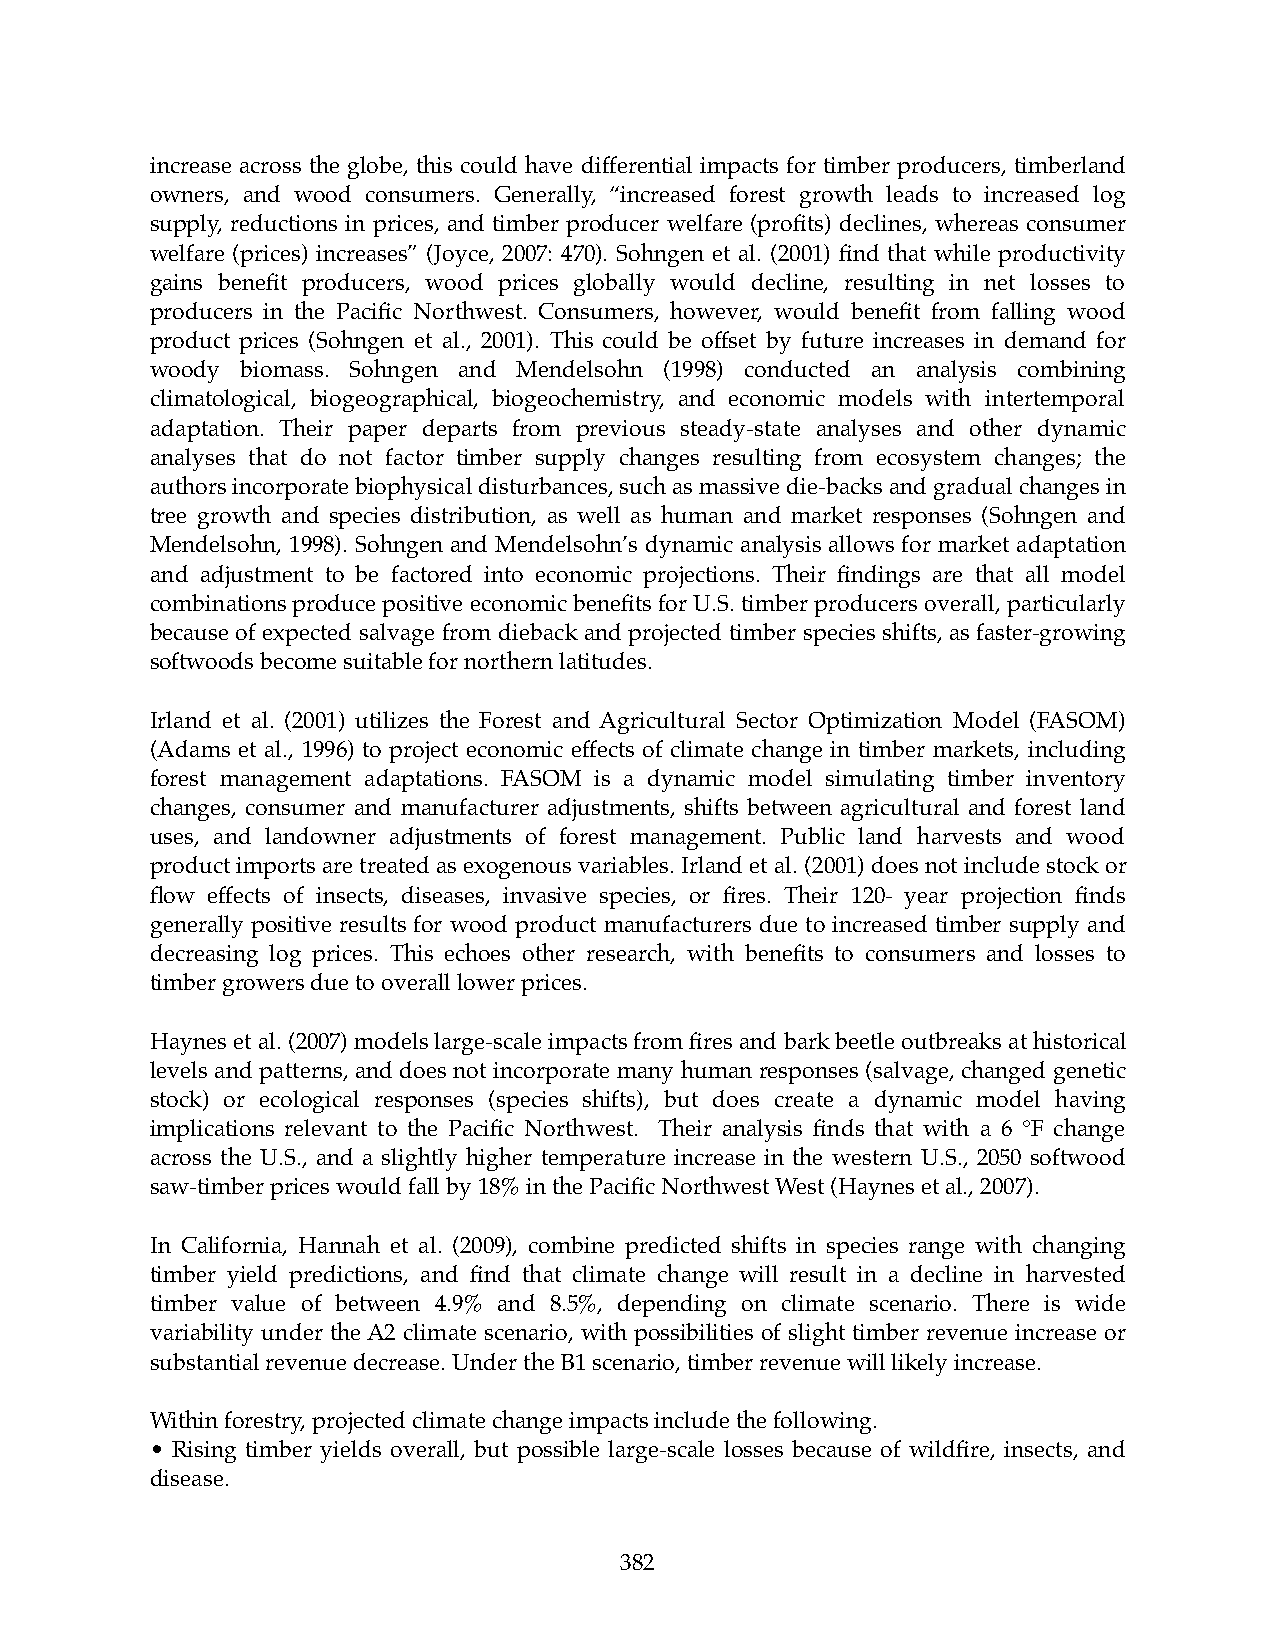
increase across the globe, this could have differential impacts for timber producers, timberland
 owners, and wood consumers. Generally, “increased forest growth leads to increased log
 supply, reductions in prices, and timber producer welfare (profits) declines, whereas consumer
 welfare (prices) increases” (Joyce, 2007: 470). Sohngen et al. (2001) find that while productivity
 gains benefit producers, wood prices globally would decline, resulting in net losses to
 producers in the Pacific Northwest. Consumers, however, would benefit from falling wood
 product prices (Sohngen et al., 2001). This could be offset by future increases in demand for
 woody biomass. Sohngen and Mendelsohn (1998) conducted an analysis combining
 climatological, biogeographical, biogeochemistry, and economic models with intertemporal
 adaptation. Their paper departs from previous steady-state analyses and other dynamic
 analyses that do not factor timber supply changes resulting from ecosystem changes; the
 authors incorporate biophysical disturbances, such as massive die-backs and gradual changes in
 tree growth and species distribution, as well as human and market responses (Sohngen and
 Mendelsohn, 1998). Sohngen and Mendelsohn’s dynamic analysis allows for market adaptation
 and adjustment to be factored into economic projections. Their findings are that all model
 combinations produce positive economic benefits for U.S. timber producers overall, particularly
 because of expected salvage from dieback and projected timber species shifts, as faster-growing
 softwoods become suitable for northern latitudes.
 Irland et al. (2001) utilizes the Forest and Agricultural Sector Optimization Model (FASOM)
 (Adams et al., 1996) to project economic effects of climate change in timber markets, including
 forest management adaptations. FASOM is a dynamic model simulating timber inventory
 changes, consumer and manufacturer adjustments, shifts between agricultural and forest land
 uses, and landowner adjustments of forest management. Public land harvests and wood
 product imports are treated as exogenous variables. Irland et al. (2001) does not include stock or
 flow effects of insects, diseases, invasive species, or fires. Their 120- year projection finds
 generally positive results for wood product manufacturers due to increased timber supply and
 decreasing log prices. This echoes other research, with benefits to consumers and losses to
 timber growers due to overall lower prices.
 Haynes et al. (2007) models large-scale impacts from fires and bark beetle outbreaks at historical
 levels and patterns, and does not incorporate many human responses (salvage, changed genetic
 stock) or ecological responses (species shifts), but does create a dynamic model having
 implications relevant to the Pacific Northwest. Their analysis finds that with a 6 °F change
 across the U.S., and a slightly higher temperature increase in the western U.S., 2050 softwood
 saw-timber prices would fall by 18% in the Pacific Northwest West (Haynes et al., 2007).
 In California, Hannah et al. (2009), combine predicted shifts in species range with changing
 timber yield predictions, and find that climate change will result in a decline in harvested
 timber value of between 4.9% and 8.5%, depending on climate scenario. There is wide
 variability under the A2 climate scenario, with possibilities of slight timber revenue increase or
 substantial revenue decrease. Under the B1 scenario, timber revenue will likely increase.
 Within forestry, projected climate change impacts include the following.
 • Rising timber yields overall, but possible large-scale losses because of wildfire, insects, and
 disease.
 382